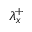
{ \lambda } _ { x } ^ { + }